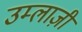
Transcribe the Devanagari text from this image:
उम्लाज़ी